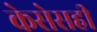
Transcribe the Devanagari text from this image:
केसेसही